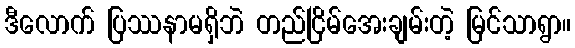
ဒီလောက် ပြဿနာမရှိဘဲ တည်ငြိမ်အေးချမ်းတဲ့ မြင်သာရွာ။